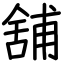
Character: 舖